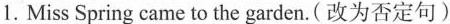
1.MissSpring came to the garden.(改为否定句)